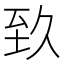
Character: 𦤷